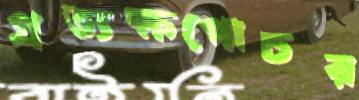
প্রত্যক্ষগোচর